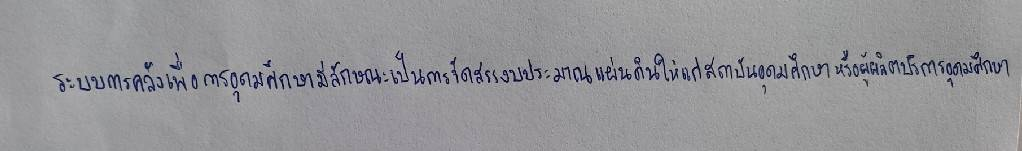
ระบบการคลังเพื่อการอุดมศึกษามีลักษณะเป็นการจัดสรรงบประมาณแผ่นดินให้แก่สถาบันอุดมศึกษาหรือผู้ผลิตบริการอุดมศึกษา